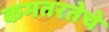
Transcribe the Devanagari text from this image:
कमतरतेचे